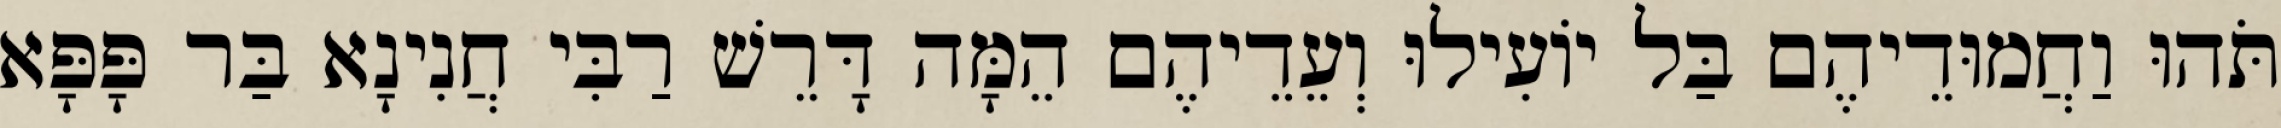
תֹּהוּ וַחֲמוּדֵיהֶם בַּל יוֹעִילוּ וְעֵדֵיהֶם הֵמָּה דָּרֵשׁ רַבִּי חֲנִינָא בַּר פָּפָּא